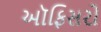
અૉફિસરો